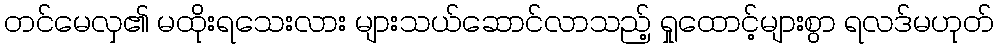
တင်မေလှ၏ မထိုးရသေးလား များသယ်ဆောင်လာသည့် ရှုထောင့်များစွာ ရလဒ်မဟုတ်